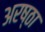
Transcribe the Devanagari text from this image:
अरष्ठा